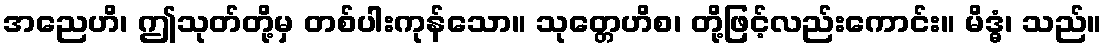
အညေဟိ၊ ဤသုတ်တို့မှ တစ်ပါးကုန်သော။ သုတ္တေဟိစ၊ တို့ဖြင့်လည်းကောင်း။ မိဒ္ဓံ၊ သည်။